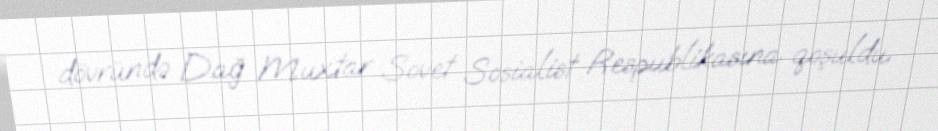
dövründə Dağ Muxtar Sovet Sosialist Respublikasına qoşuldu.